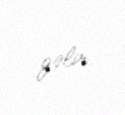
gəlir.